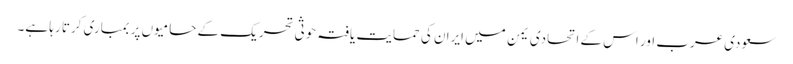
سعودی عرب اور اس کے اتحادی یمن میں ایران کی حمایت یافتہ حوثی تحریک کے حامیوں پر بمباری کرتا رہا ہے۔